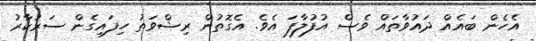
އެހެން ބައެއް ދައުވާތައް ވެސް އުފުލާފަ އެވެ. އެގޮތުން ރިޝްވަތު ހިފައިގެން ސަރުކާރު